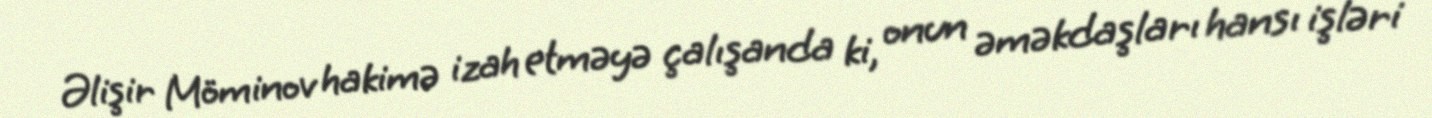
Əlişir Möminov hakimə izah etməyə çalışanda ki, onun əməkdaşları hansı işləri